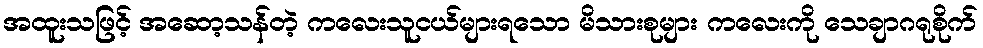
အထူးသဖြင့် အဆော့သန်တဲ့ ကလေးသူငယ်များရသော မိသားစုများ ကလေးကို သေချာဂရုစိုက်